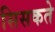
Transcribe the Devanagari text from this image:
सिसकते